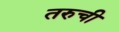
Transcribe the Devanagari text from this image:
तरुची